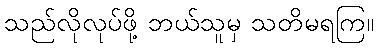
သည်လိုလုပ်ဖို့ ဘယ်သူမှ သတိမရကြ။